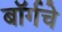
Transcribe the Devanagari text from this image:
बॉर्गचे